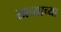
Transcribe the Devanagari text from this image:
खव्याच्या